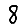
Digit: 8